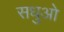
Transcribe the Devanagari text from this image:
सधुओ